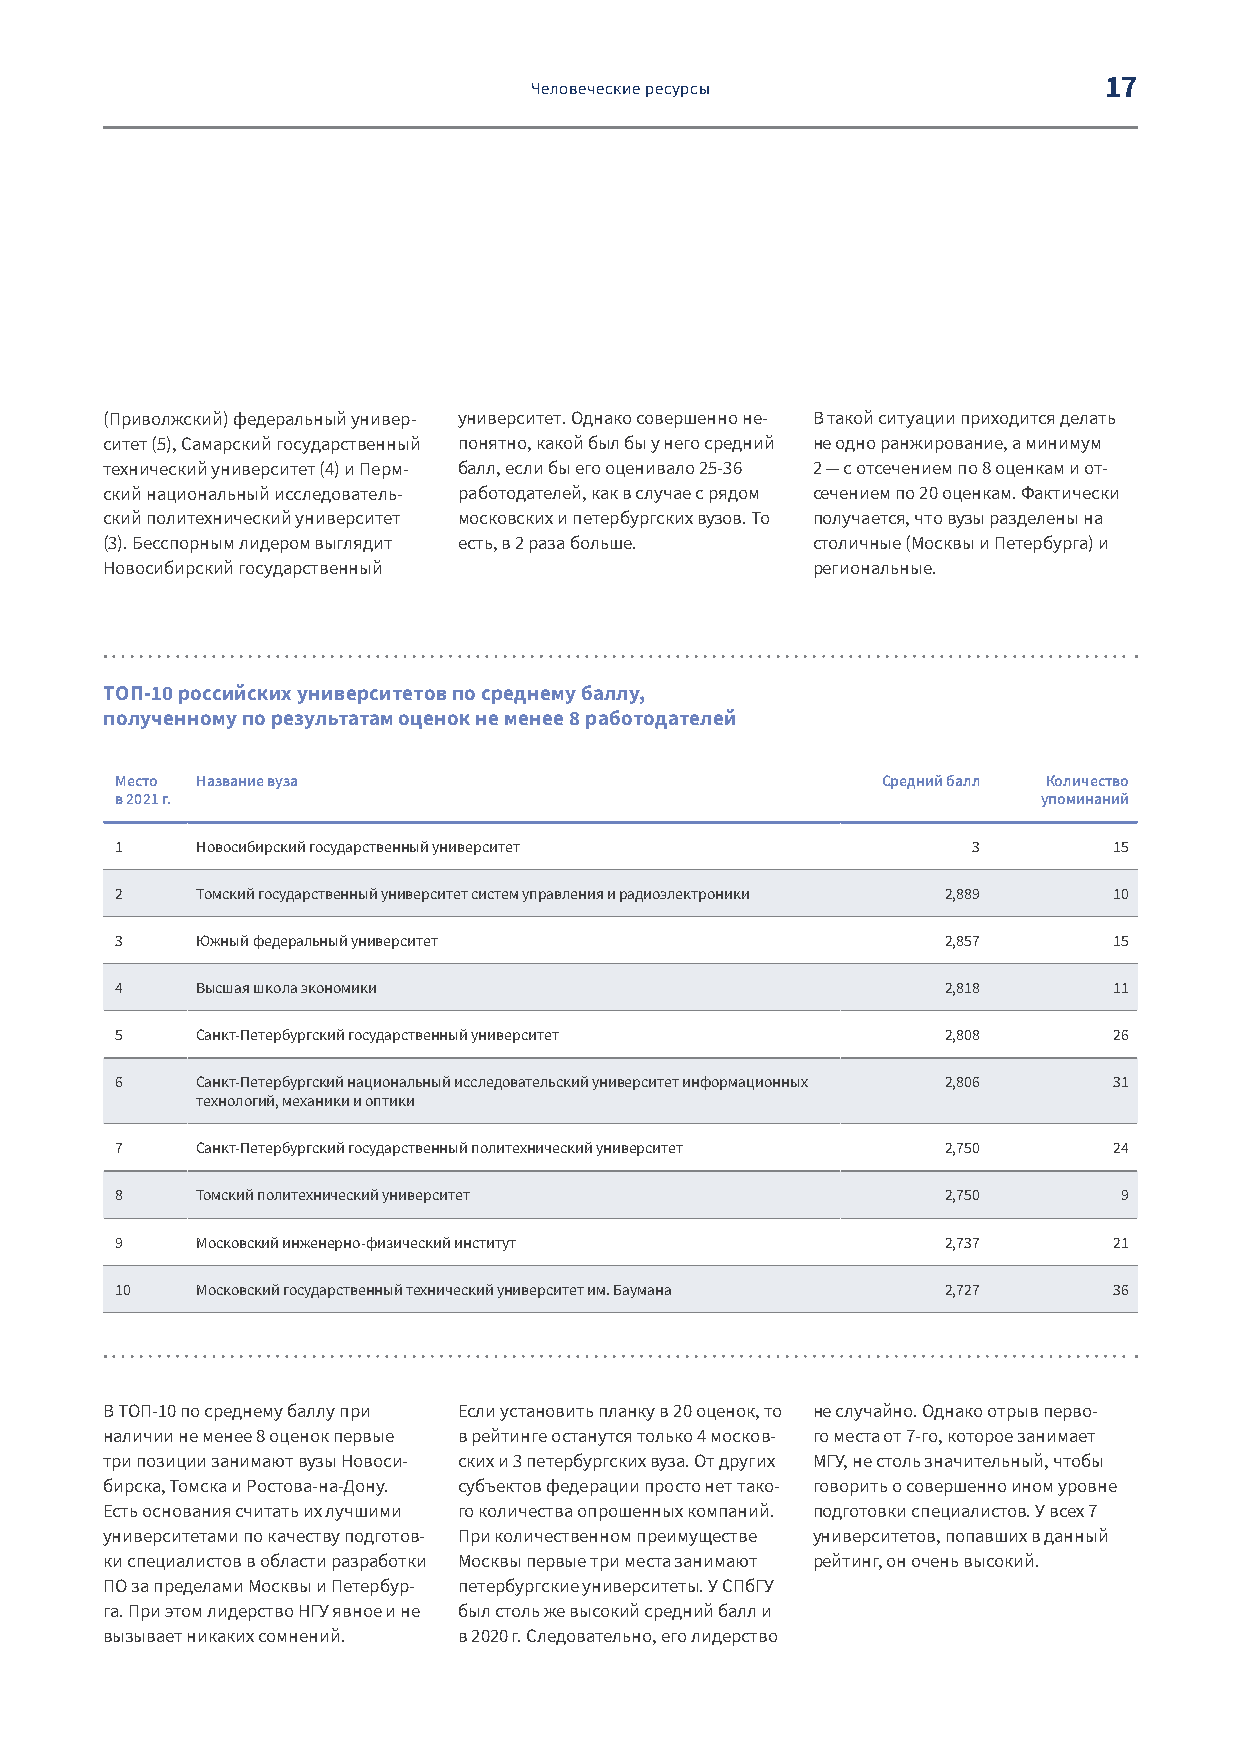
17
 Человеческие ресурсы
 (Приволжский) федеральный универ- университет. Однако совершенно не- В такой ситуации приходится делать
 ситет (5), Самарский государственный понятно, какой был бы у него средний не одно ранжирование, а минимум
 технический университет (4) и Перм- балл, если бы его оценивало 25-36 2 — с отсечением по 8 оценкам и от-
 ский национальный исследователь- работодателей, как в случае с рядом сечением по 20 оценкам. Фактически
 ский политехнический университет московских и петербургских вузов. То получается, что вузы разделены на
 (3). Бесспорным лидером выглядит есть, в 2 раза больше. столичные (Москвы и Петербурга) и
 Новосибирский государственный                  региональные.
 ТОП-10 российских университетов по среднему баллу,
 полученному по результатам оценок не менее 8 работодателей
 Место Название вуза                               Средний балл Количество
 в 2021 г.                                                    упоминаний
 1    Новосибирский государственный университет          3         15
 2    Томский государственный университет систем управления и радиоэлектроники 2,889 10
 3    Южный федеральный университет                     2,857      15
 4    Высшая школа экономики                            2,818      11
 5    Санкт-Петербургский государственный университет   2,808      26
 6    Санкт-Петербургский национальный исследовательский университет информационных 2,806 31
 технологий, механики и оптики
 7    Санкт-Петербургский государственный политехнический университет 2,750 24
 8    Томский политехнический университет               2,750      9
 9    Московский инженерно-физический институт          2,737      21
 10   Московский государственный технический университет им. Баумана 2,727 36
 В ТОП-10 по среднему баллу при Если установить планку в 20 оценок, то не случайно. Однако отрыв перво-
 наличии не менее 8 оценок первые в рейтинге останутся только 4 москов- го места от 7-го, которое занимает
 три позиции занимают вузы Новоси- ских и 3 петербургских вуза. От других МГУ, не столь значительный, чтобы
 бирска, Томска и Ростова-на-Дону. субъектов федерации просто нет тако- говорить о совершенно ином уровне
 Есть основания считать их лучшими го количества опрошенных компаний. подготовки специалистов. У всех 7
 университетами по качеству подготов- При количественном преимуществе университетов, попавших в данный
 ки специалистов в области разработки Москвы первые три места занимают рейтинг, он очень высокий.
 ПО за пределами Москвы и Петербур- петербургские университеты. У СПбГУ
 га. При этом лидерство НГУ явное и не был столь же высокий средний балл и
 вызывает никаких сомнений. в 2020 г. Следовательно, его лидерство